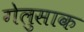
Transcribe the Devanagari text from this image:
गेलुसाक